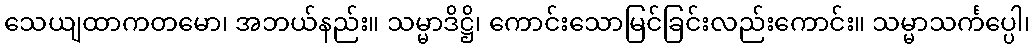
သေယျထာကတမော၊ အဘယ်နည်း။ သမ္မာဒိဋ္ဌိ၊ ကောင်းသောမြင်ခြင်းလည်းကောင်း။ သမ္မာသင်္ကပ္ပေါ၊